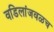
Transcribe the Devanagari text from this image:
वडिलांजवळच